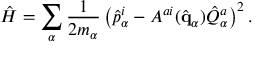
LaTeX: \hat { H } = \sum _ { \alpha } { \frac { 1 } { 2 m _ { \alpha } } } \left( \hat { p } _ { \alpha } ^ { i } - A ^ { a i } ( \hat { \bf q } _ { \alpha } ) \hat { Q } _ { \alpha } ^ { a } \right) ^ { 2 } .